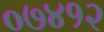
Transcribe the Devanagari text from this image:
०७४१२